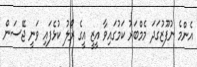
އެންމެ ނުފޫޒުގަދަ މެމްބަރު ކަމުގައިވާ އީޒީ އީގެ ރޯލު ކުޅެފައި ވަނީ ޖޭސަން